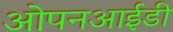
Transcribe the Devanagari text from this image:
ओपनआईडी